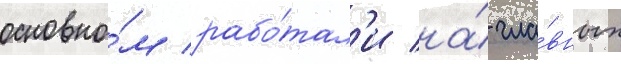
основно́м рабо́тал'и на́ гла́вных